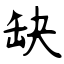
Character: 缺